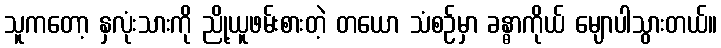
သူကတော့ နှလုံးသားကို ညို့ယူဖမ်းစားတဲ့ တယော သံစဉ်မှာ ခန္ဓာကိုယ် မျောပါသွားတယ်။